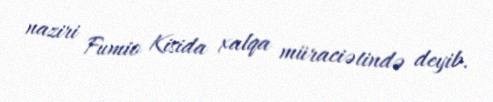
naziri Fumio Kisida xalqa müraciətində deyib.